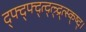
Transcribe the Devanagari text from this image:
द्फ्द्फ्द्त्द्त्त्र्द्र्त्स्क्ष्द्।